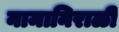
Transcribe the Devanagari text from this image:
नामानिराळी